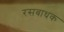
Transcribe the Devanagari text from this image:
रसबाधक